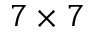
7 \times 7